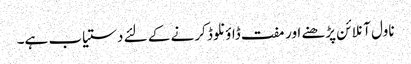
ناول آنلائن پڑھنے اور مفت ڈاؤنلوڈ کرنے کے لئے دستیاب ہے۔